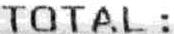
TOTAL :